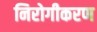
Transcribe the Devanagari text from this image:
निरोगीकरण